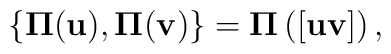
{}\{ {\bf \Pi} ({\bf u}), {\bf \Pi} ({\bf v}) \} ={\bf \Pi} \left( [{\bf u}{\bf v}] \right),